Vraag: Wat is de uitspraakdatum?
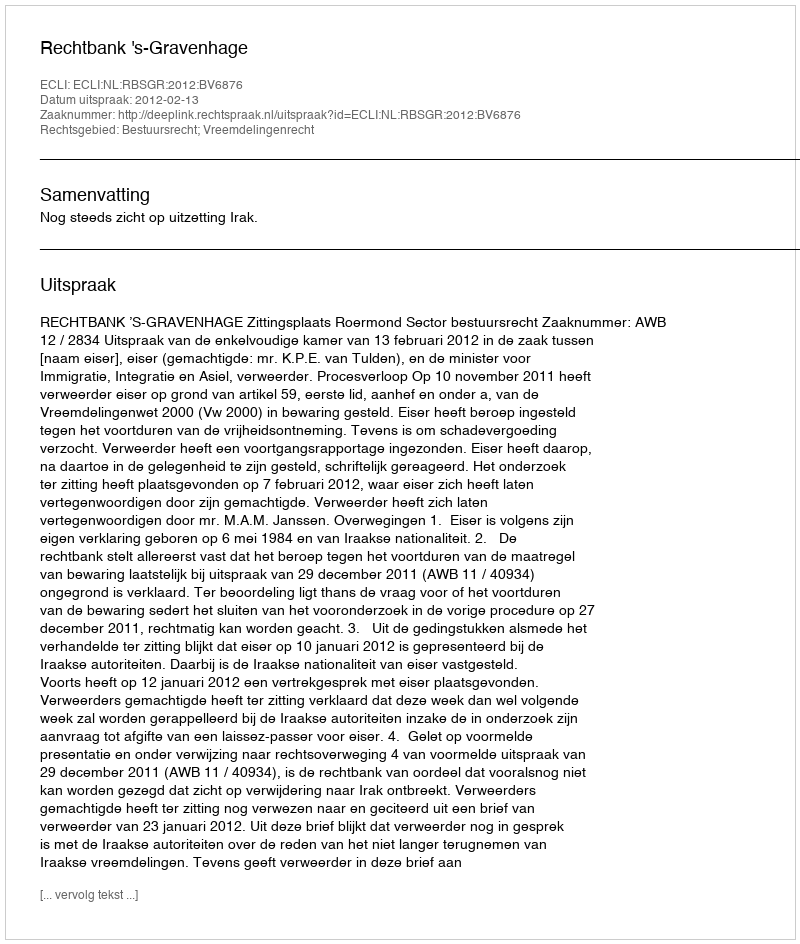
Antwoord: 2012-02-13